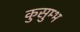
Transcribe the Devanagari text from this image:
कुसुम्भ